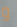
و